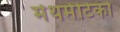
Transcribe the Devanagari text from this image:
मेथमेटिको